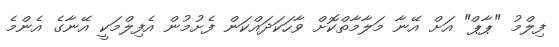
ފިލްމު "ޕާޕް" އަށް އޭނާ މަލާމާތްކޮށް ވާހަކަދައްކަން ފެށުމުން އެފިލްމަކީ އޭނާގެ އެންމެ